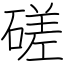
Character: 磋